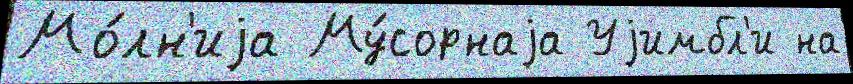
Мо́лн'иjа Му́сорнаjа Уjимбл'и на